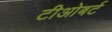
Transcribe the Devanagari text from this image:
टीओबर्ट